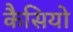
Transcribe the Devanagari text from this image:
कैसियो